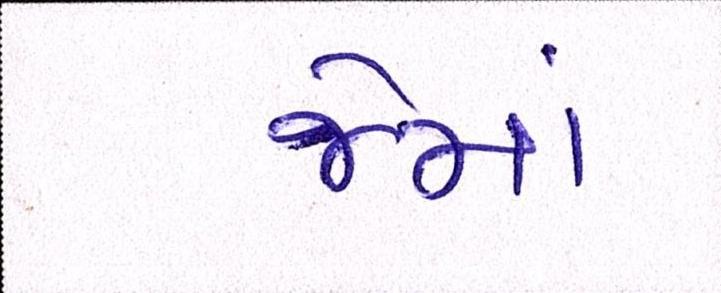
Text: જેમાં